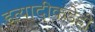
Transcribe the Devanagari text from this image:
इत्यादींकडेही